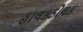
હાલકડોલક